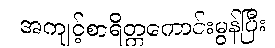
အကျင့်စာရိတ္တကောင်းမွန်ပြီး